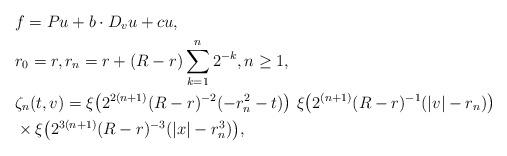
LaTeX: \begin{align*}& f = P u + b \cdot D_v u + c u, \\&r_0 = r, r_n = r + (R - r) \sum_{k = 1}^n 2^{-k}, n \ge 1,\\&\zeta_n (t, v) = \xi \big(2^{2(n+1)} (R - r)^{-2} (- r^2_{n} - t)\big) \, \, \xi \big(2^{(n+1)} (R - r)^{-1} (|v| - r_{n})\big)\\& \times \xi \big(2^{3(n+1)} (R-r)^{-3} (|x| - r^{3}_{n} )\big),\end{align*}